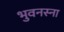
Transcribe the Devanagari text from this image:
भुवनस्ना